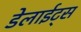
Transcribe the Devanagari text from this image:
डेलाईट्स